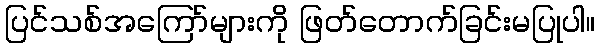
ပြင်သစ်အကြော်များကို ဖြတ်တောက်ခြင်းမပြုပါ။